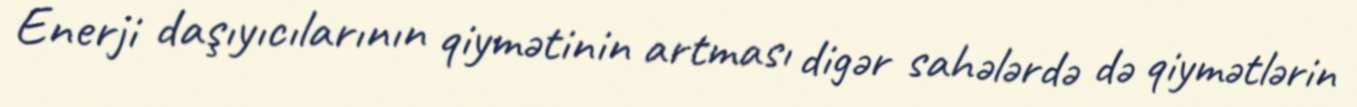
Enerji daşıyıcılarının qiymətinin artması digər sahələrdə də qiymətlərin